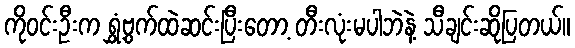
ကိုဝင်းဦးက ရွှံ့ဗွက်ထဲဆင်းပြီးတော့ တီးလုံးမပါဘဲနဲ့ သီချင်းဆိုပြတယ်။